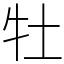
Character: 牡